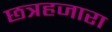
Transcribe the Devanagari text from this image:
छत्रहजारा